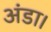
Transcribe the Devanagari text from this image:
अंडा।